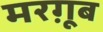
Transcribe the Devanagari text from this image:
मरग़ूब